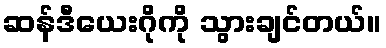
ဆန်ဒီယေးဂိုကို သွားချင်တယ်။